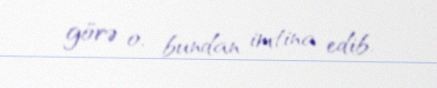
görə o, bundan imtina edib.